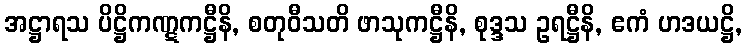
အဋ္ဌာရသ ပိဋ္ဌိကဏ္ဋကဋ္ဌီနိ, စတုဝီသတိ ဖာသုကဋ္ဌီနိ, စုဒ္ဒသ ဥရဋ္ဌီနိ, ဧကံ ဟဒယဋ္ဌိ,